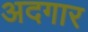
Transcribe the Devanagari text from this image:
अदगार